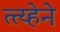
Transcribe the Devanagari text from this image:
त्त्य्हेने